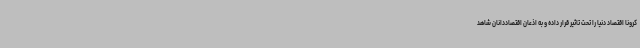
کرونا اقتصاد دنیا را تحت تاثیر قرار داده و به اذعان اقتصاددانان شاهد